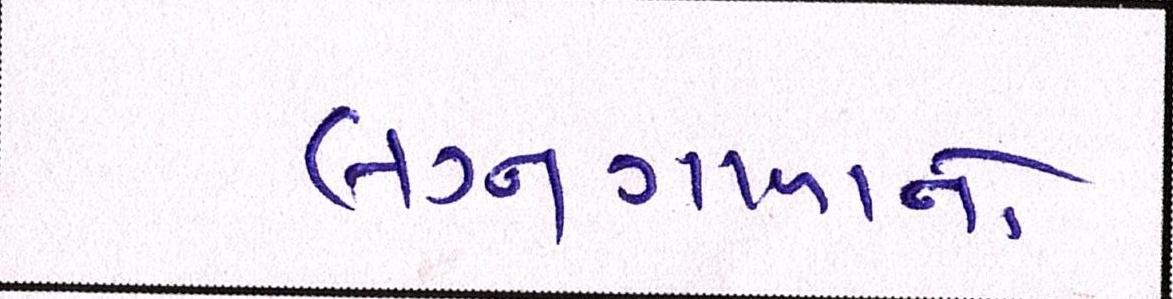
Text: લગ્નગાળાનો